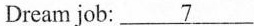
Dream job: \underline{7}